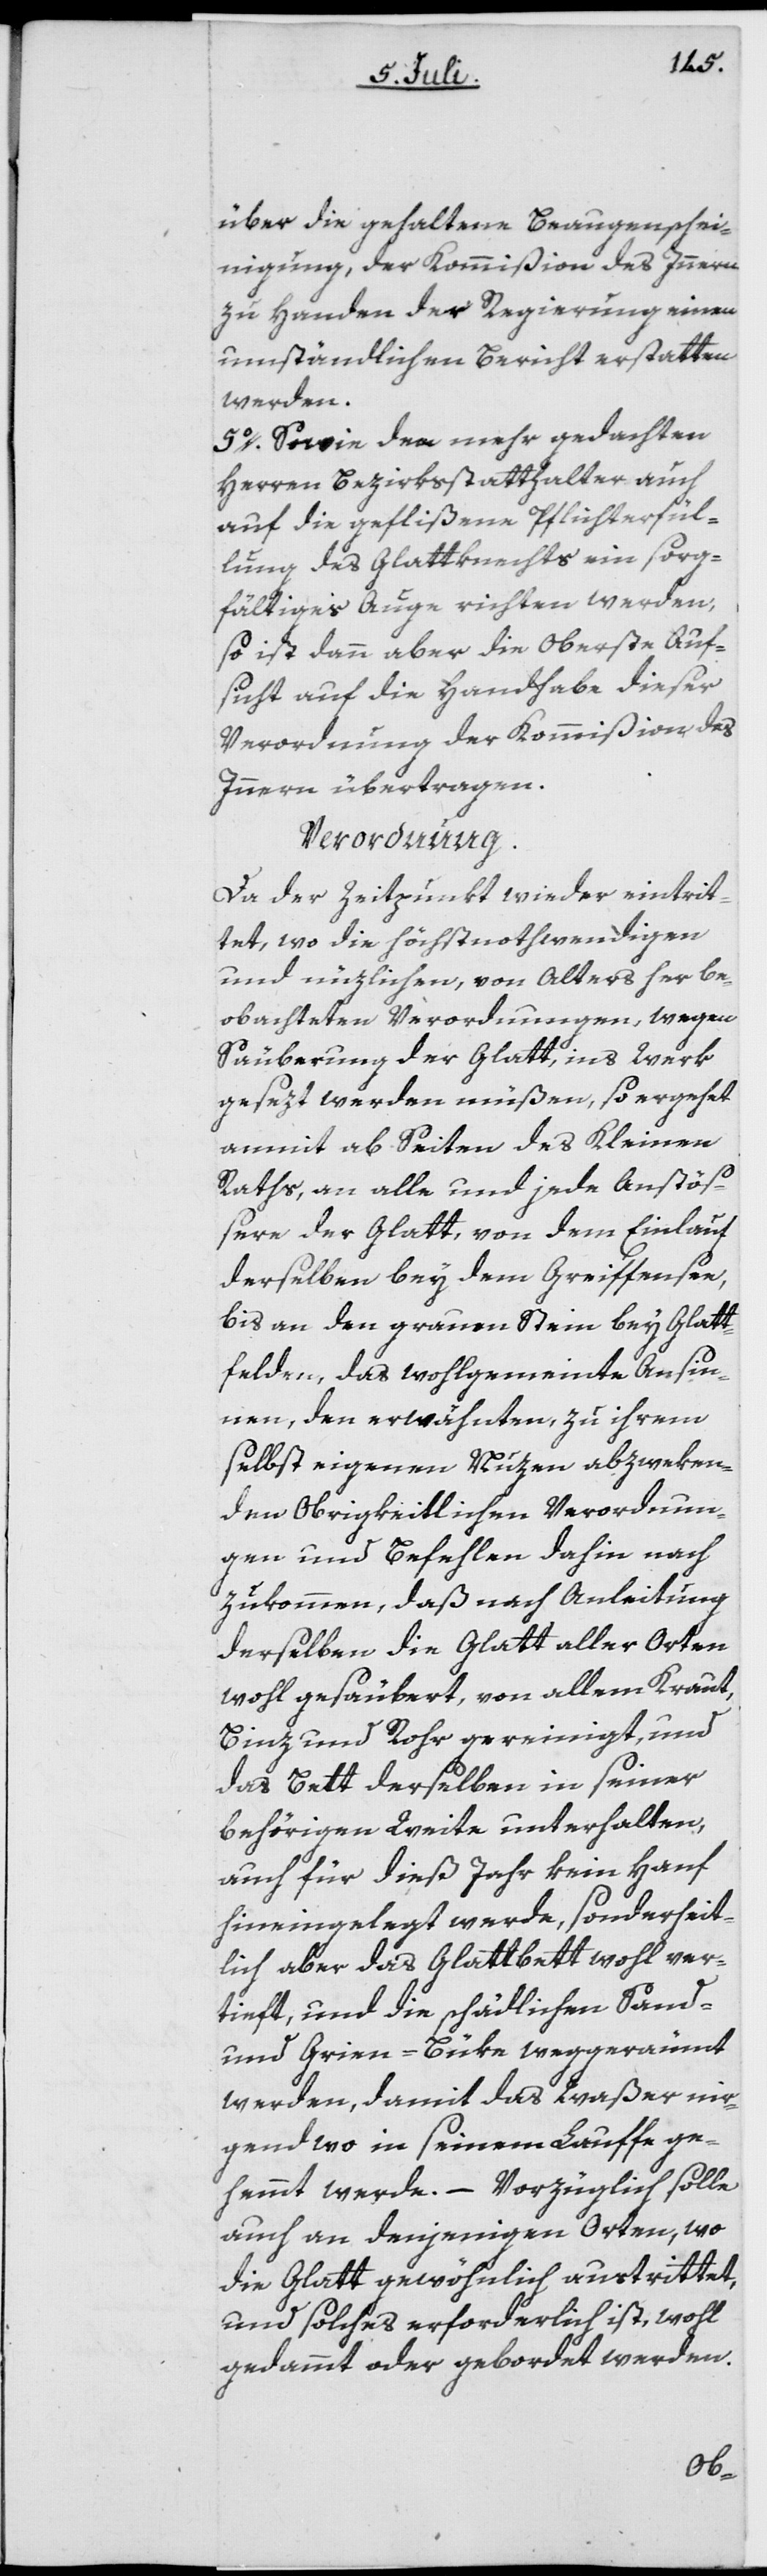
über die gehaltene Beaugenschei¬
nigung, der Kommißion des Innern
zu Handen der Regierung einen
umständlichen Bericht erstatten
werden.
5o. Sowie de[?n] mehr gedachten
Herren Bezirksstatthalter auch
auf die geflißene Pflichterfül¬
lung des Glattknechts ein sorg¬
fältiges Auge richten werden,
so ist dann aber die Oberste Auf¬
sicht auf die Handhabe dieser
Verordnung der Kommißion des
Innern übertragen.
Verordnung.
Da der Zeitpunkt wieder eintrit¬
tet, wo die höchstnothwendigen
und nüzlichen, von Alters her be¬
obachteten Verordnungen, wegen
Säuberung der Glatt, ins Werk
gesezt werden müßen, so ergeht
anmit ab Seiten des Kleinen
Raths, an alle und jede Anstöß¬
ere der Glatt, von dem Einlauf
derselben bey dem Greiffensee,
bis an den grauen Stein bey Galtt¬
felden, das wohlgemeinte Ansin¬
nen, den erwähnten, zu ihrem
selbst eigenen Nuzen abzweken¬
den Obrigkeitlichen Verordnun¬
gen und Befehlen dahin nach
zukommen, daß nach Anleitung
derselben die Glatt aller Orten
wohl gesäubert, von allem Kraut,
Binz und Rohr gereinigt, und
das Bett derselben in seiner
behörigen Weite unterhalten,
auch für dieß Jahr kein Hanf
hineingelegt werde, sonderheit¬
lich aber das Glattbett wohl ver¬
tieft, und die schädlichen Sand-
werden, damit das Waßer nir¬
gendwo in seinem Lauffe ge¬
hemmt werde. – Vorzüglich solle
auch an denjenigen Orten, wo
die Glatt gewöhnlich austrittet,
und solches erforderlich ist, wohl
gedammt oder gebordet werden.